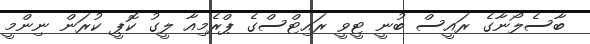
ބާސެލޯނާގެ ރައީސް ބުނީ ޓީވީ ރައިޓްސްގެ ޕްރެމިއާ ލީގު ކޮޕީ ކުރަން ނިންމީ